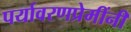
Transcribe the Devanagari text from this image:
पर्यावरणप्रेमींनी